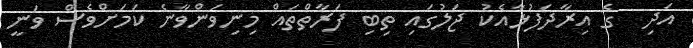
އަދި  ގެ އިރާދަފުޅާއެކު ޖަލުގައި ތިބި ފަރާތްތައް މިނިވަންވާނެ ކަމަށްވެސް ވަނީ